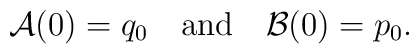
{\cal A}(0) = q_0 \quad {\rm and}\quad {\cal B}(0) = p_0.